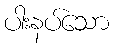
ပါးနပ်သော